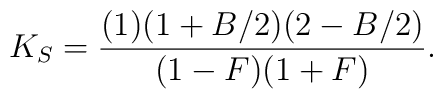
K_S=\frac{(1)(1+B/2)(2-B/2)}{(1-F)(1+F)}.